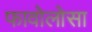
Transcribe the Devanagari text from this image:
फावोलोसा